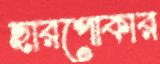
ছারপোকার